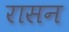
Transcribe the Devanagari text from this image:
रासन